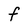
Character: F